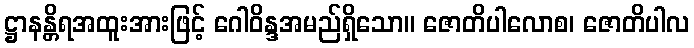
ဋ္ဌာနန္တိရအထူးအားဖြင့် ဂေါဝိန္ဒအမည်ရှိသော။ ဇောတိပါလောစ၊ ဇောတိပါလ